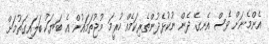
އެންމެނަށް ވެސް އެނގޭ ދެން ނުކުޅެދުންތެރިކަމެއް ހުރީމަ މުޖުތަމައުން އެ ބަޔަކު ބަލައިގަތުމަށް